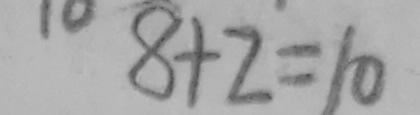
8 + 2 = 1 0